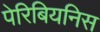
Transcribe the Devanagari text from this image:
पेरिबियनिस